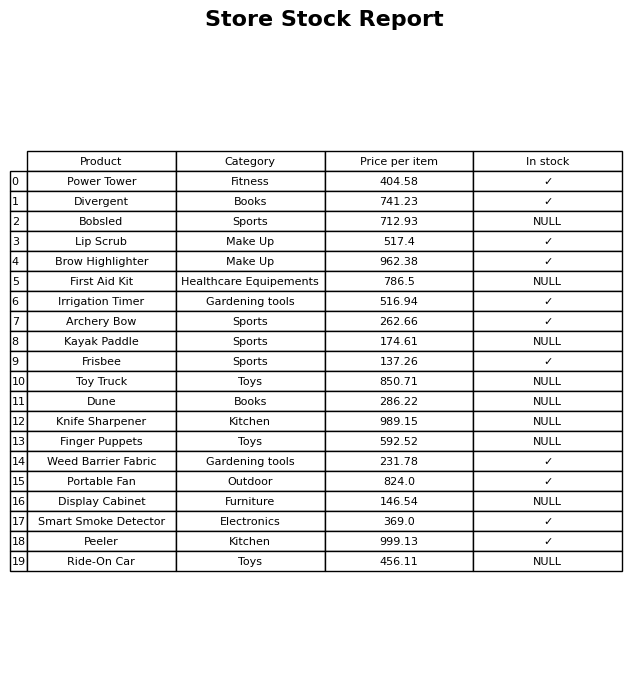
question: What is the price of the Archery Bow?
answer: The price of Archery Bow is 262.66.